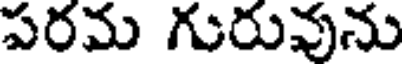
పరమ గురువును